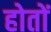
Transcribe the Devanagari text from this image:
होतों